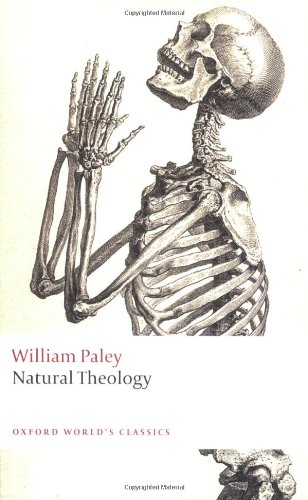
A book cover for Natural Theology (Oxford World's Classics); William Paley; Religion & Spirituality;